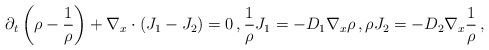
\begin{align*} \partial_t \left( \rho - \frac{1}{\rho}\right) + \nabla_x\cdot (J_1 - J_2) = 0 \,,\frac{1}{\rho} J_1 = -D_1\nabla_x\rho \,, \rho J_2 = -D_2\nabla_x \frac{1}{\rho} \,,\end{align*}